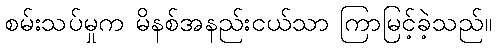
စမ်းသပ်မှုက မိနစ်အနည်းငယ်သာ ကြာမြင့်ခဲ့သည်။